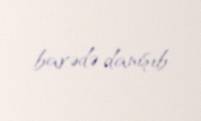
barədə danışıb.